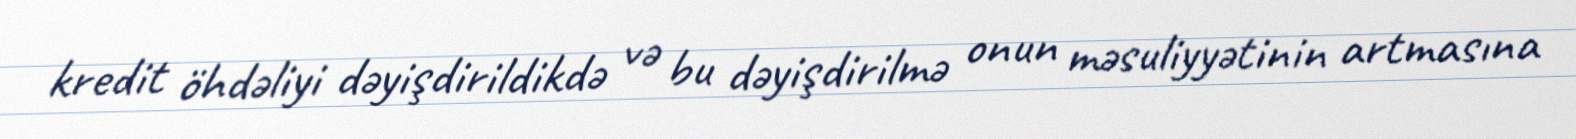
kredit öhdəliyi dəyişdirildikdə və bu dəyişdirilmə onun məsuliyyətinin artmasına